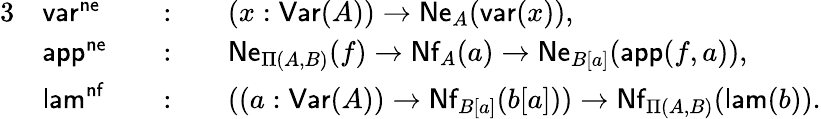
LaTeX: \begin{array}{rlrlrl}{{3}}&{\mathsf{var}^{\mathsf{ne}}}&&{:}&&{(x:\mathsf{Var}(A))\to\mathsf{Ne}_{A}(\mathsf{var}(x)),}\\ &{\mathsf{app}^{\mathsf{ne}}}&&{:}&&{\mathsf{Ne}_{\Pi(A,B)}(f)\to\mathsf{Nf}_{A}(a)\to\mathsf{Ne}_{B[a]}(\mathsf{app}(f,a)),}\\ &{\mathsf{lam}^{\mathsf{nf}}}&&{:}&&{((a:\mathsf{Var}(A))\to\mathsf{Nf}_{B[a]}(b[a]))\to\mathsf{Nf}_{\Pi(A,B)}(\mathsf{lam}(b)).}\end{array}